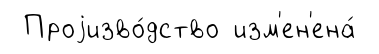
Проjизво́дство изм'ен'ена́